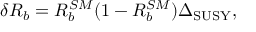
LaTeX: \delta R _ { b } = R _ { b } ^ { S M } ( 1 - R _ { b } ^ { S M } ) \Delta _ { \mathrm { S U S Y } } ,